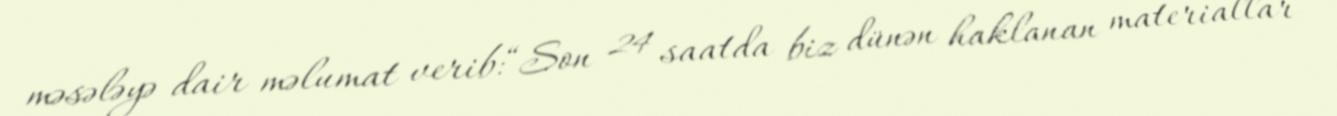
məsələyə dair məlumat verib:“Son 24 saatda biz dünən haklanan materiallar